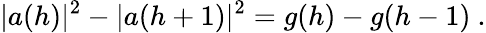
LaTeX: \vert a(h)\vert^{2}-\vert a(h+1)\vert^{2}=g(h)-g(h-1)~.